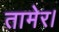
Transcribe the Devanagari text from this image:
तामेर।